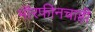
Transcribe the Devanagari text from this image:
मॉरफीनचाही